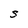
Character: S